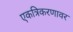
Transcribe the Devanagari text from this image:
एकत्रिकरणावर